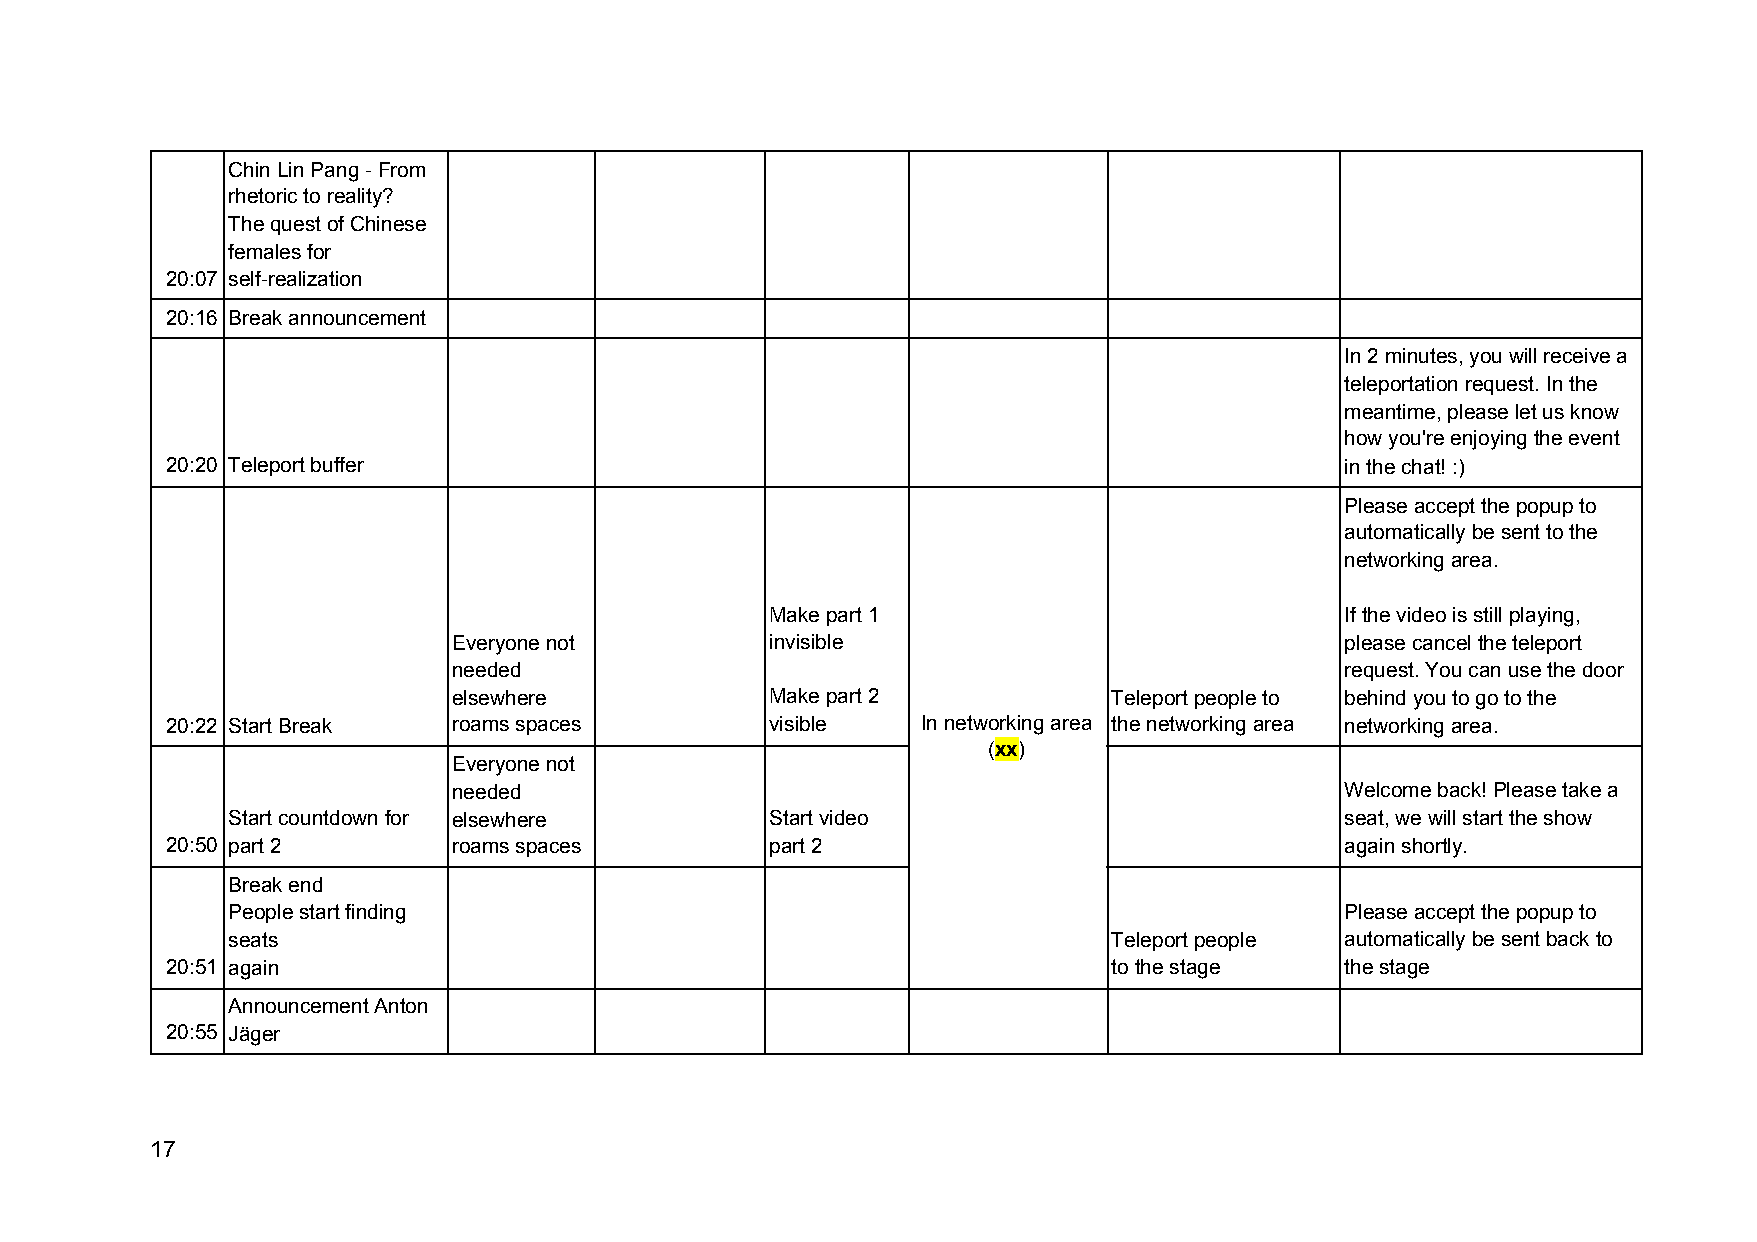
Chin Lin Pang - From
 rhetoric to reality?
 The quest of Chinese
 females for
 20:07 self-realization
 20:16 Break announcement
 In 2 minutes, you will receive a
 teleportation request. In the
 meantime, please let us know
 how you're enjoying the event
 20:20 Teleport buffer                                                         in the chat! :)
 Please accept the popup to
 automatically be sent to the
 networking area.
 Make part 1                           If the video is still playing,
 Everyone not         invisible                             please cancel the teleport
 needed                                                     request. You can use the door
 elsewhere            Make part 2            Teleport people to behind you to go to the
 20:22 Start Break  roams spaces         visible   In networking area the networking area networking area.
 (xx)
 Everyone not                        ​ ​
 needed                                                     Welcome back! Please take a
 Start countdown for elsewhere       Start video                           seat, we will start the show
 20:50 part 2       roams spaces         part 2                                again shortly.
 Break end
 People start finding                                                      Please accept the popup to
 seats                                                      Teleport people automatically be sent back to
 20:51 again                                                    to the stage   the stage
 Announcement Anton
 20:55 Jäger
 17